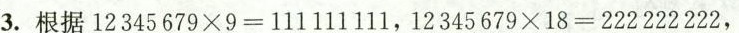
3.根据$$1 2 3 4 5 6 7 9 \times 9 = 1 1 1 1 1 1 1 1 1$$，$$1 2 3 4 5 6 7 9 \times 1 8 = 2 2 2 2 2 2 2 2 2$$ ，